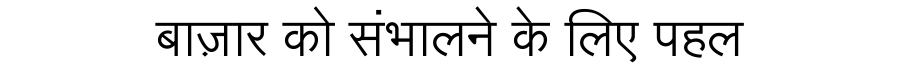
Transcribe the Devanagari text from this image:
बाज़ार को संभालने के लिए पहल